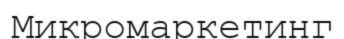
Микромаркетинг